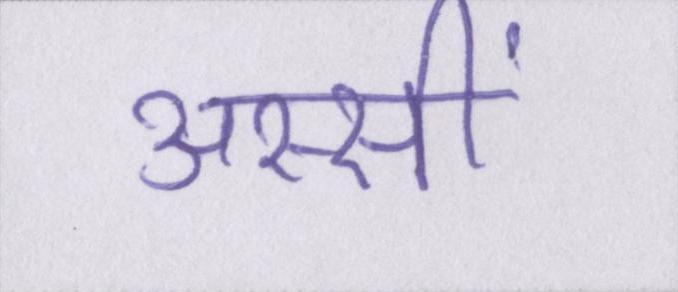
अस्सीं